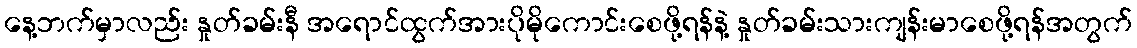
နေ့ဘက်မှာလည်း နှုတ်ခမ်းနီ အရောင်ထွက်အားပိုမိုကောင်းစေဖို့ရန်နဲ့ နှုတ်ခမ်းသားကျန်းမာစေဖို့ရန်အတွက်